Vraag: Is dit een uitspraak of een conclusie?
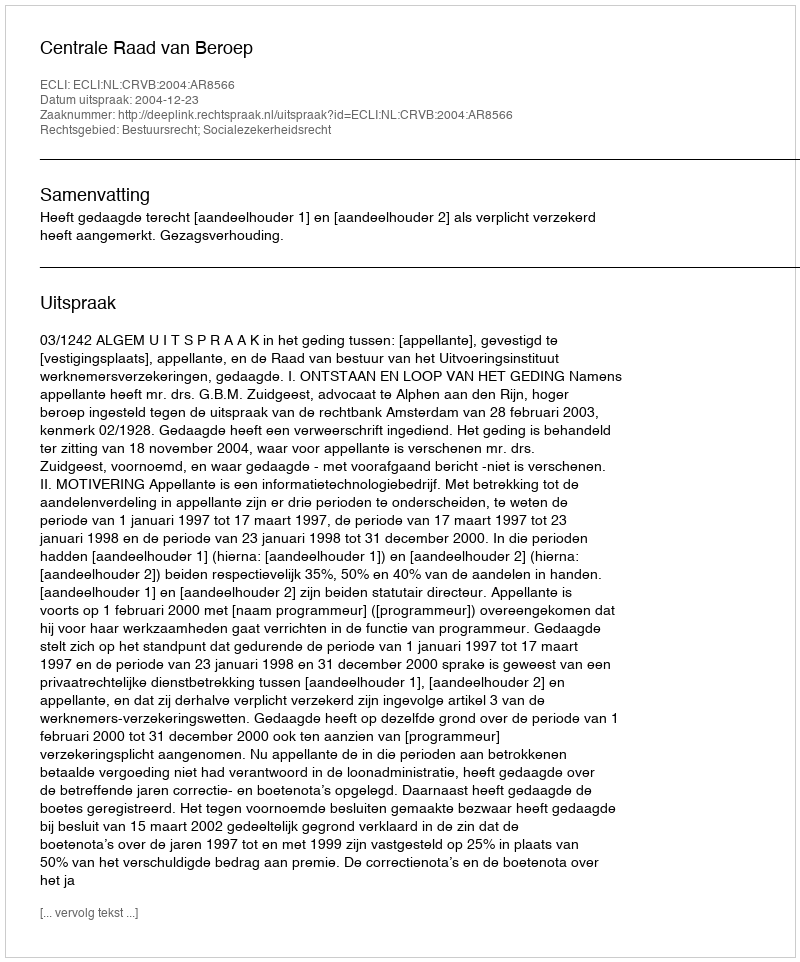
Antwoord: Uitspraak